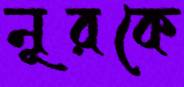
নূরকে